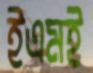
ইএমই